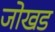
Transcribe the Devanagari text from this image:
जोखड